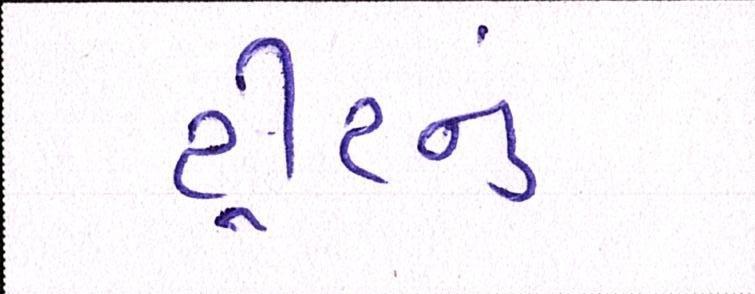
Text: ટ્રીટનું